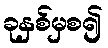
ခုနှစ်မှစ၍